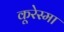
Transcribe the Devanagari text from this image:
कूरेस्मा